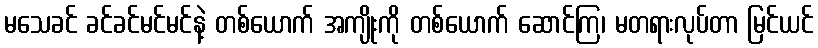
မသေခင် ခင်ခင်မင်မင်နဲ့ တစ်ယောက် အကျိုးကို တစ်ယောက် ဆောင်ကြ၊ မတရားလုပ်တာ မြင်ယင်